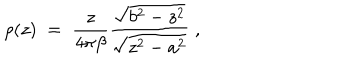
\rho ( z ) \; = \; { \frac { z } { 4 \pi \beta } } { \frac { \sqrt { b ^ { 2 } - z ^ { 2 } } } { \sqrt { z ^ { 2 } - a ^ { 2 } } } } \; ,